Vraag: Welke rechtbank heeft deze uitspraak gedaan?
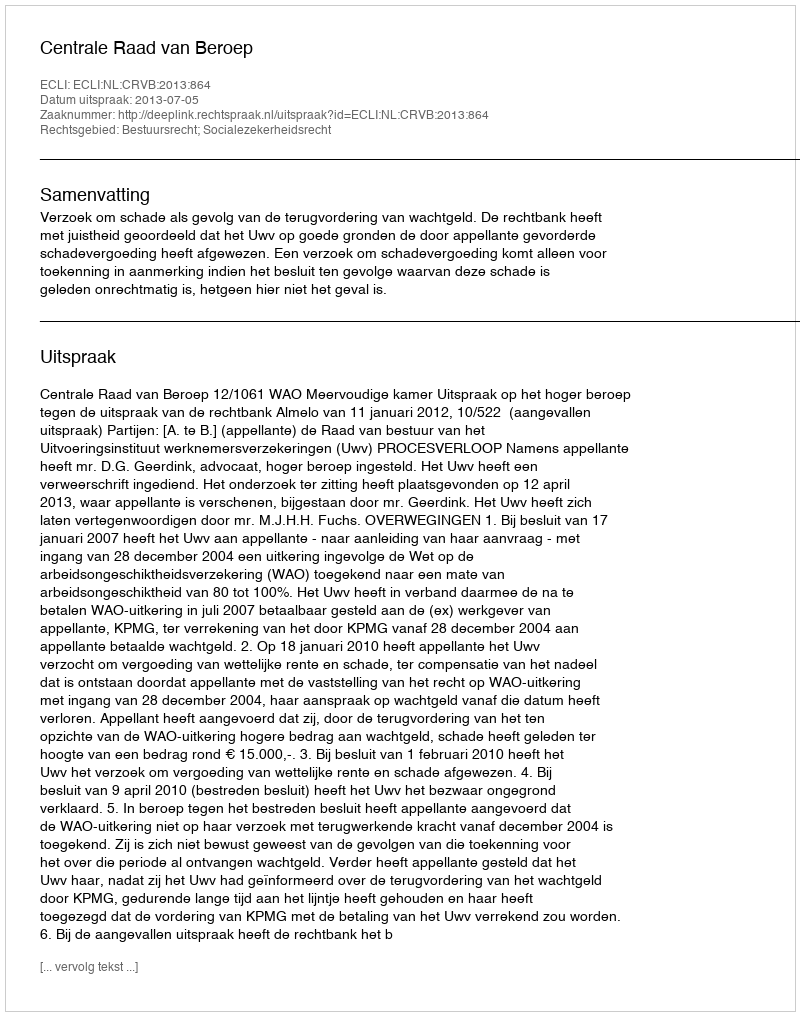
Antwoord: Centrale Raad van Beroep